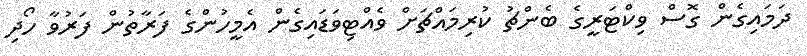
ދަމައިގެން ގޮސް ވިކްޓަރީގެ ބެންޗު ކުރިމައްޗަށް ވެއްޓިވަޑައިގެން އެމީހުންގެ ފަރާތުން ފަރުވާ ހޯދި